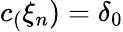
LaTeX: c_{(}\xi_{n})=\delta_{0}